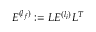
E ^ { ( l _ { f } ) } : = L E ^ { ( l _ { i } ) } L ^ { T }